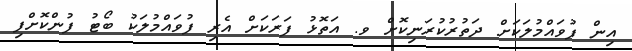
އިން ފުވައްމުލަކަށް ދަތުރުކުރަނިކޮށް ވ. އަތޮޅު ފަރަކަށް އެރި ފުވައްމުލަކު ބޯޓު ފުންކޮށްފި